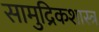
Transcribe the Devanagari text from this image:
सामुद्रिकशास्त्र